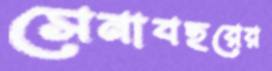
সেনাবহরের